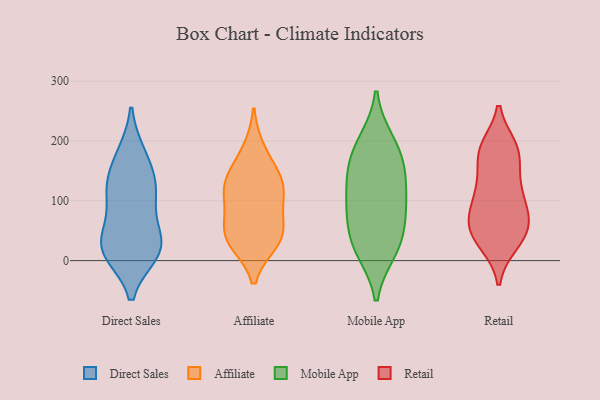
{"axis": {"x": "LTV (USD)", "y": "Value"}, "legend": ["Affiliate", "Direct Sales", "Mobile App", "Retail"], "data": [{"x": "", "y": 15, "type": "Direct Sales"}, {"x": "", "y": 174, "type": "Direct Sales"}, {"x": "", "y": 119, "type": "Direct Sales"}, {"x": "", "y": 24, "type": "Direct Sales"}, {"x": "", "y": 123, "type": "Direct Sales"}, {"x": "", "y": 22, "type": "Direct Sales"}, {"x": "", "y": 17, "type": "Direct Sales"}, {"x": "", "y": 110, "type": "Direct Sales"}, {"x": "", "y": 177, "type": "Direct Sales"}, {"x": "", "y": 40, "type": "Direct Sales"}, {"x": "", "y": 13, "type": "Direct Sales"}, {"x": "", "y": 129, "type": "Direct Sales"}, {"x": "", "y": 70, "type": "Direct Sales"}, {"x": "", "y": 51, "type": "Affiliate"}, {"x": "", "y": 119, "type": "Affiliate"}, {"x": "", "y": 84, "type": "Affiliate"}, {"x": "", "y": 115, "type": "Affiliate"}, {"x": "", "y": 134, "type": "Affiliate"}, {"x": "", "y": 41, "type": "Affiliate"}, {"x": "", "y": 140, "type": "Affiliate"}, {"x": "", "y": 184, "type": "Affiliate"}, {"x": "", "y": 36, "type": "Affiliate"}, {"x": "", "y": 32, "type": "Affiliate"}, {"x": "", "y": 198, "type": "Mobile App"}, {"x": "", "y": 164, "type": "Mobile App"}, {"x": "", "y": 96, "type": "Mobile App"}, {"x": "", "y": 81, "type": "Mobile App"}, {"x": "", "y": 18, "type": "Mobile App"}, {"x": "", "y": 26, "type": "Mobile App"}, {"x": "", "y": 187, "type": "Mobile App"}, {"x": "", "y": 30, "type": "Mobile App"}, {"x": "", "y": 135, "type": "Mobile App"}, {"x": "", "y": 138, "type": "Mobile App"}, {"x": "", "y": 80, "type": "Mobile App"}, {"x": "", "y": 44, "type": "Retail"}, {"x": "", "y": 135, "type": "Retail"}, {"x": "", "y": 120, "type": "Retail"}, {"x": "", "y": 88, "type": "Retail"}, {"x": "", "y": 185, "type": "Retail"}, {"x": "", "y": 29, "type": "Retail"}, {"x": "", "y": 102, "type": "Retail"}, {"x": "", "y": 186, "type": "Retail"}, {"x": "", "y": 185, "type": "Retail"}, {"x": "", "y": 42, "type": "Retail"}, {"x": "", "y": 30, "type": "Retail"}, {"x": "", "y": 189, "type": "Retail"}, {"x": "", "y": 56, "type": "Retail"}, {"x": "", "y": 120, "type": "Retail"}, {"x": "", "y": 65, "type": "Retail"}, {"x": "", "y": 74, "type": "Retail"}, {"x": "", "y": 172, "type": "Retail"}, {"x": "", "y": 68, "type": "Retail"}]}